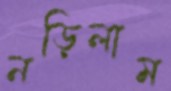
নড়িলাম